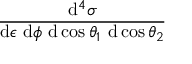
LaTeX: \frac { \mathrm { d } ^ { 4 } \sigma } { \mathrm { d } \epsilon \ \mathrm { d } \phi \ \mathrm { d } \cos \theta _ { 1 } \ \mathrm { d } \cos \theta _ { 2 } } \nonumber